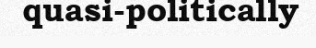
quasi-politically